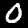
Digit: 0